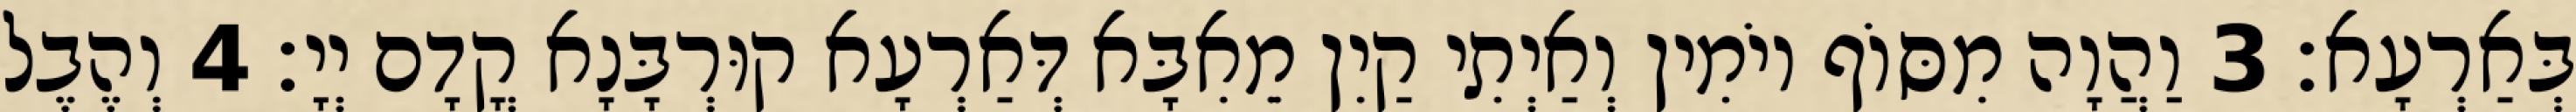
בְּאַרְעָא׃ 3 וַהֲוָה מִסּוֹף יוֹמִין וְאַיְתִי קַיִן מֵאִבָּא דְּאַרְעָא קוּרְבָּנָא קֳדָם יְיָ׃ 4 וְהֶבֶל